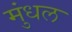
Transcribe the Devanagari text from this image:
मुंधल